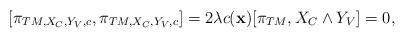
LaTeX: \begin{align*}[\pi_{TM,X_{C},Y_{V},c},\pi_{TM,X_{C},Y_{V},c}]=2 \lambda c({\bf x})[\pi_{TM},X_{C}\wedge Y_{V}]=0,\end{align*}